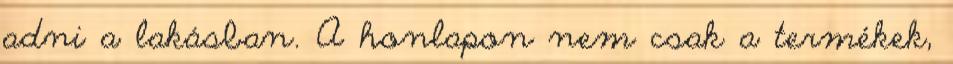
adni a lakásban. A honlapon nem csak a termékek,